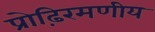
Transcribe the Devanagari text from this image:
प्रोढ़िरमणीय